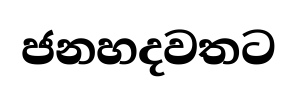
ජනහදවතට